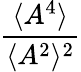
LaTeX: \frac{\langle A^{4}\rangle}{\langle A^{2}\rangle^{2}}